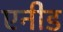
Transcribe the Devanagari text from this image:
एनीड